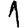
Digit: 1